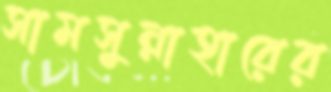
সামসুন্নাহারের